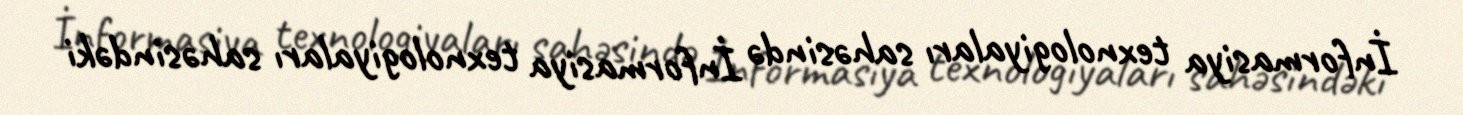
İnformasiya texnologiyaları sahəsində İnformasiya texnologiyaları sahəsindəki